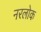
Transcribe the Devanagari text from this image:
नरलोक